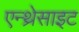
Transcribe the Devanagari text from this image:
एन्थ्रेसाइट